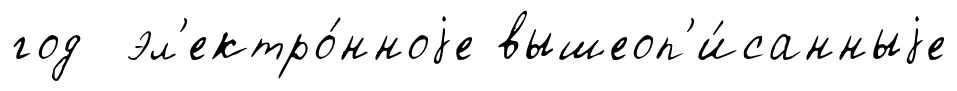
год эл'ектро́нноjе вышеоп'и́санныjе